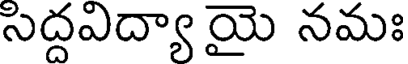
సిద్దవిద్యా యై నమః